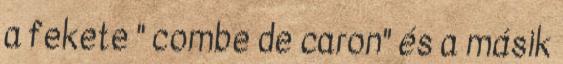
a fekete " combe de caron" és a másik